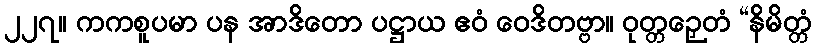
၂၂၇။ ကကစူပမာ ပန အာဒိတော ပဋ္ဌာယ ဧဝံ ဝေဒိတဗ္ဗာ။ ဝုတ္တဉှေတံ “နိမိတ္တံ